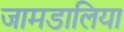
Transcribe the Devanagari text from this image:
जामडालिया